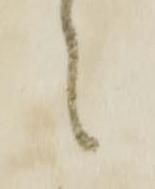
々